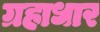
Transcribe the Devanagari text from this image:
ग्रहाधार